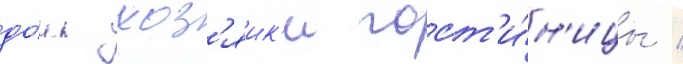
до́чь хоз'яик'и гост'и́н'ицы /